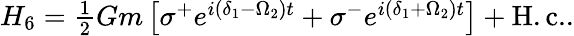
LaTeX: \begin{array}{r}{H_{6}=\frac{1}{2}Gm\left[\sigma^{+}e^{i(\delta_{1}-\Omega_{2})t}+\sigma^{-}e^{i(\delta_{1}+\Omega_{2})t}\right]+\mathrm{H.c.}.}\end{array}